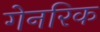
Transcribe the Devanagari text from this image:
गेनरिक